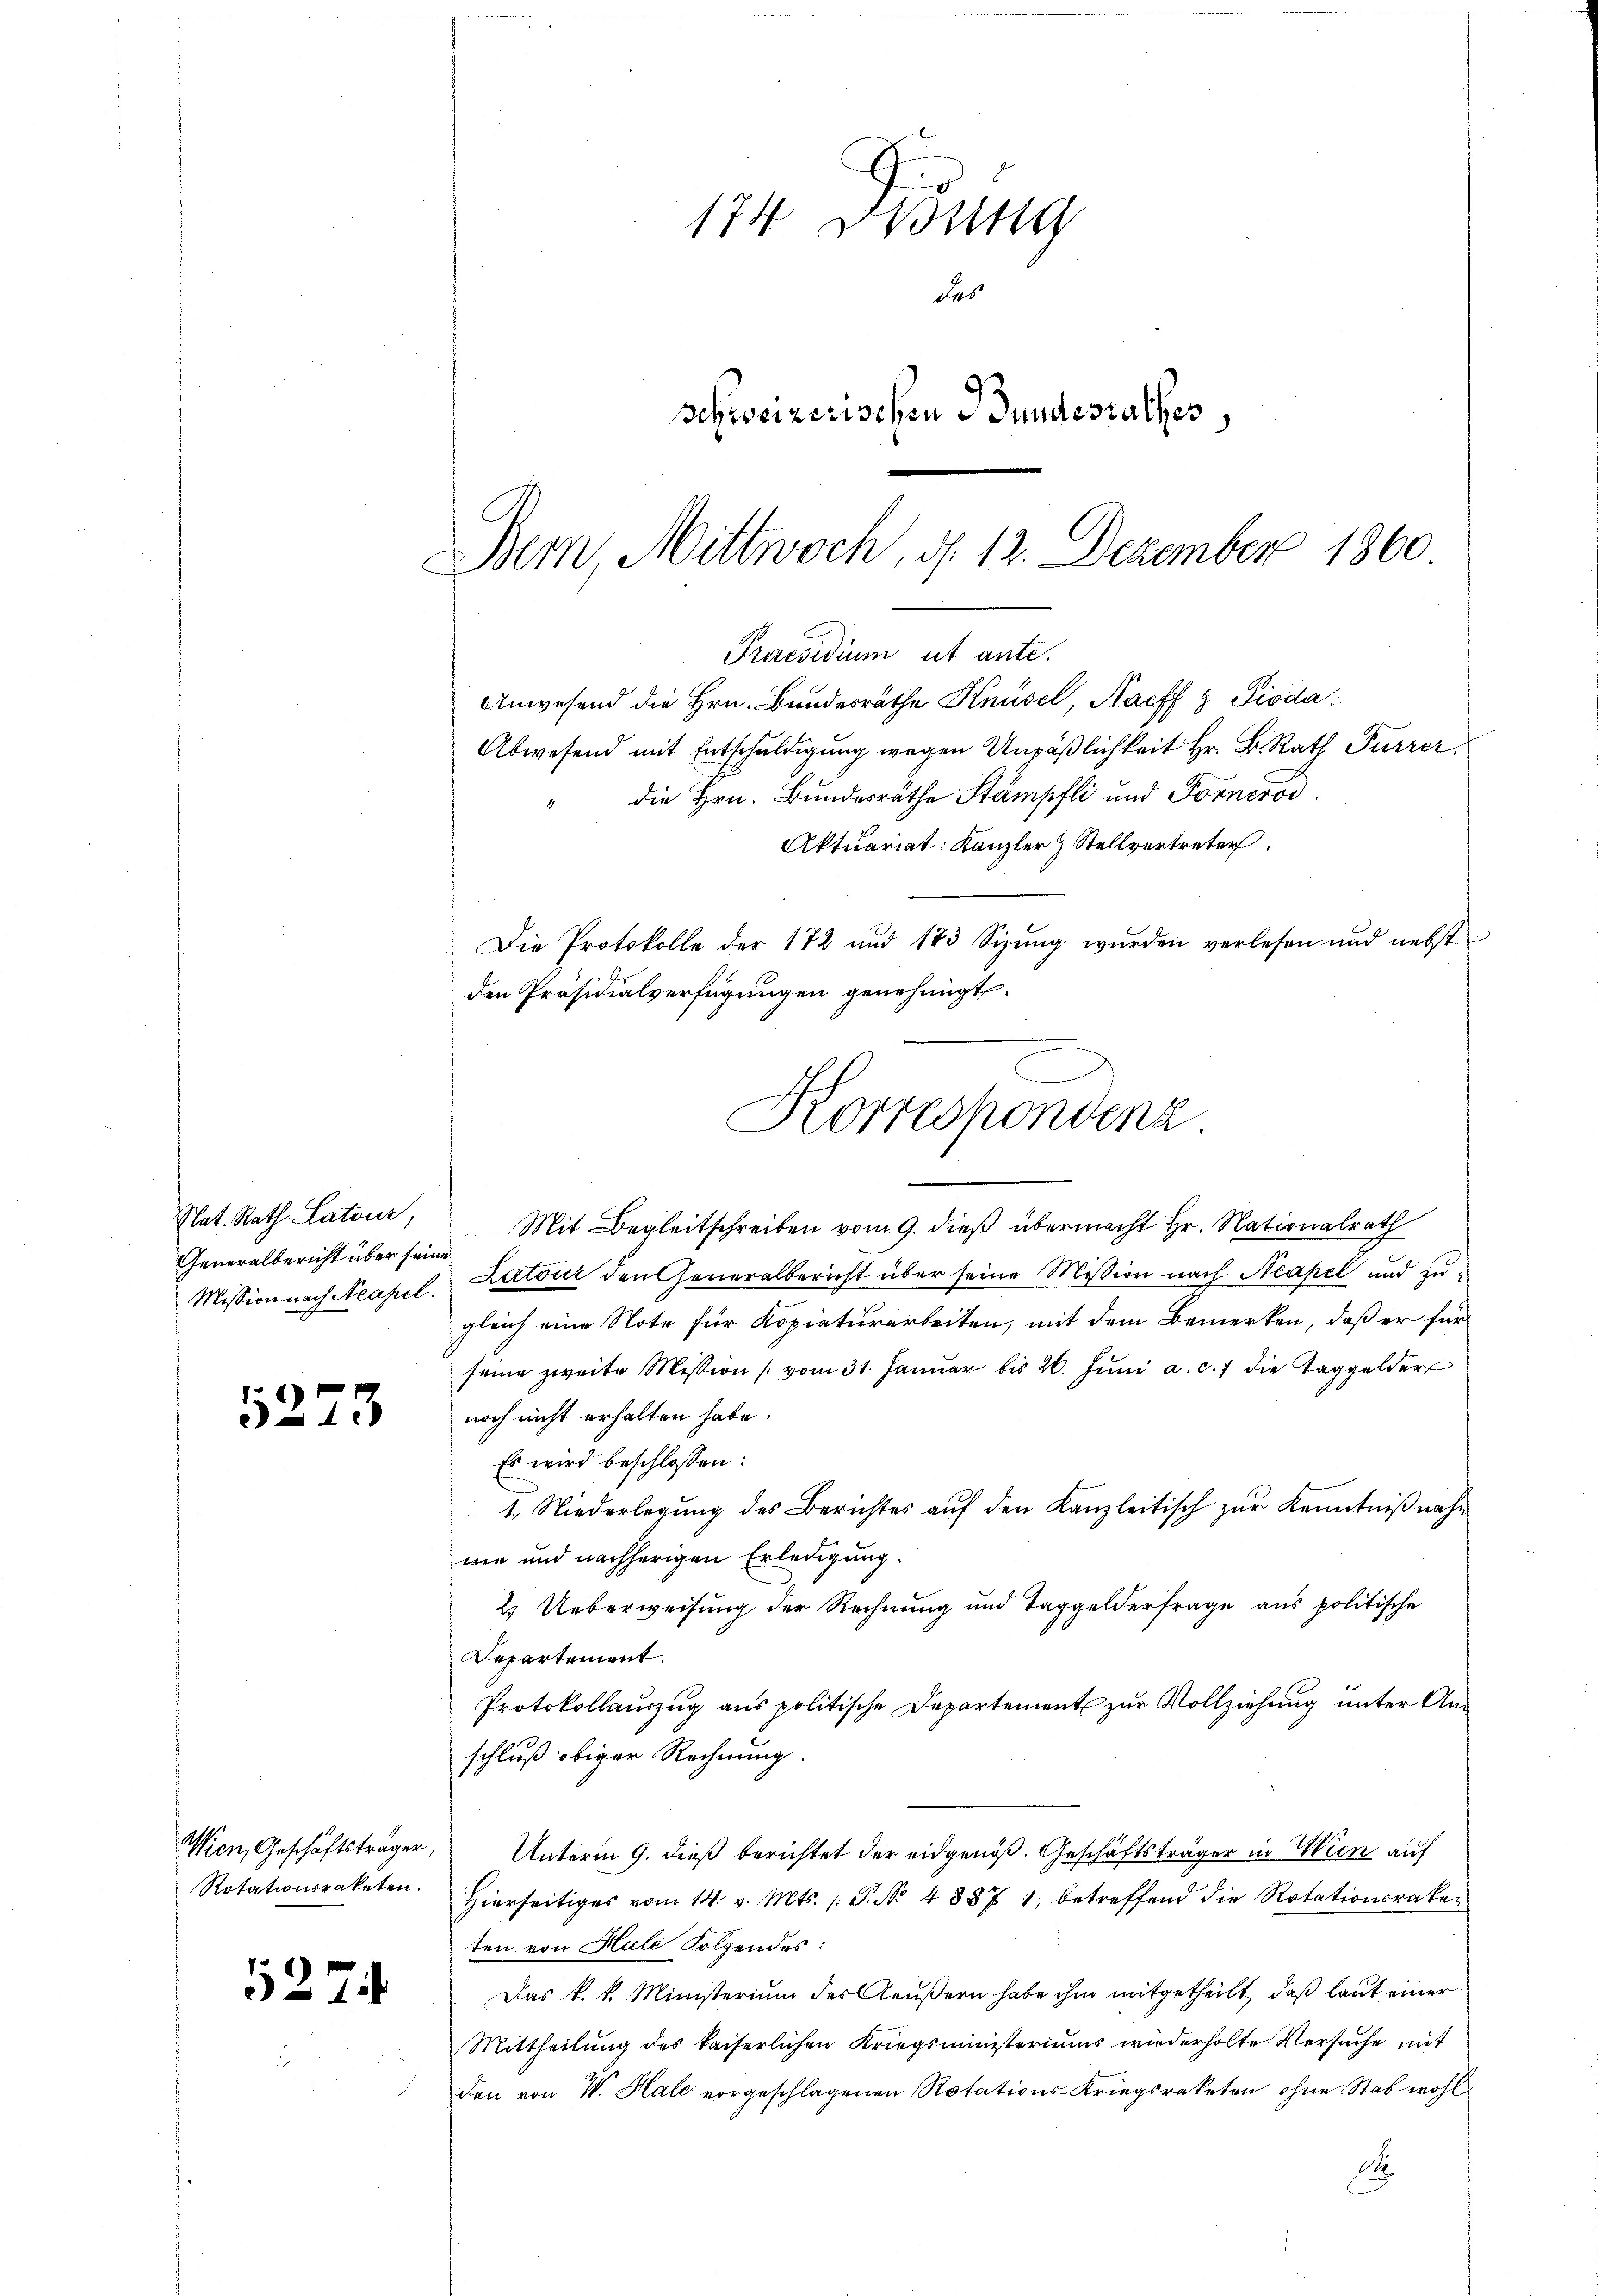
Nat. Rath Latour,
Generalbericht über seine

52.

12

3

Wien, Geschäftsträger,
Rotationsraketen.

i

174 Drdung
des
schweizerischen Bundesrathes,

Bem, Mittwoch, d. 12. Dezember 1860.
Praesidium ut ante.

Anwesend die Hrn. Bundesräthe Knüsel, Nacff 9 Pioda¬
Abwesend mit Entschuldigung wegen Unpäßlichkeit Hr. B. Rath Furrer
die Hrn. Bundesräthe Stämpfli und Forneros
Aktuariat: Kanzler & Stellvertreter
Die Protokolle der 172 und 183 Sizŭng wurden verlesen und nebst
den Präsidialverfügungen genehmigt.
Mit Begleitschreiben vom 9. dieß übermacht Hr. Nationalrath
Mission nach Acapel. Latour den Generalbericht über seine Mission nach Neapel und zu-
gleich eine Note für Kopiaturarbeiten, mit dem Bemerken, daß er für
seine zweite Mission vom 31. Januar bis 20. Juni a. c. 7 die Taggelder
noch nicht erhalten habe.
Es wird beschlossen:
I. Niederlegung des Berichtes auf den Kanzleitisch zur Kenntnißnahme und nachherigen Erledigung.
2. Ueberweisung der Rechnung und Taggelderfrage aus politische
Departement.
Protokollauszug aus politische Departement zur Vollziehung unter Anschluß obiger Rechnung.
Unterm 9. dieß berichtet der eidgenöß. Geschäftsträger in Wien auf
Hierseitiges vom 14. v. Mts. S. Nr. 48871, betreffend die Rotationsraten
ten von Hale Folgendes:
Das k. k. Ministerium des Aeußern habe ihm mitgetheilt, daß laut einer
Mittheilung des kaiserlichen Kriegsministeriums wiederholte Versuche mit
den von W. Hale vorgeschlagenen Rotations-Kriegsraketen ohne Stab wohl
d

Korrespondenz.